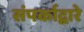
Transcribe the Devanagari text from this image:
संपर्काद्वारे